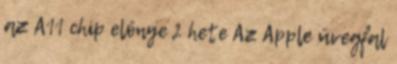
az A11 chip előnye 2 hete Az Apple üvegfal